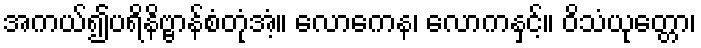
အကယ်၍ပရိနိဗ္ဗာန်စံတုံအံ့။ လောကေန၊ လောကနှင့်။ ဝိသံယုတ္တော၊